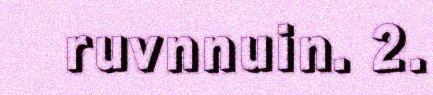
ruvnnuin. 2.